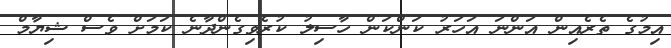
އިމުގެ ތެރެއިން އަންނަ އަހަރު ކަންކަން ހާސިލު ކުރެވިގެންދާނެ ކަމަށް ވެސް ޝިޔާމް